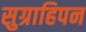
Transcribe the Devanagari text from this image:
सुग्राहिपन